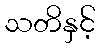
သတိနှင့်